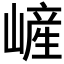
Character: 嵼